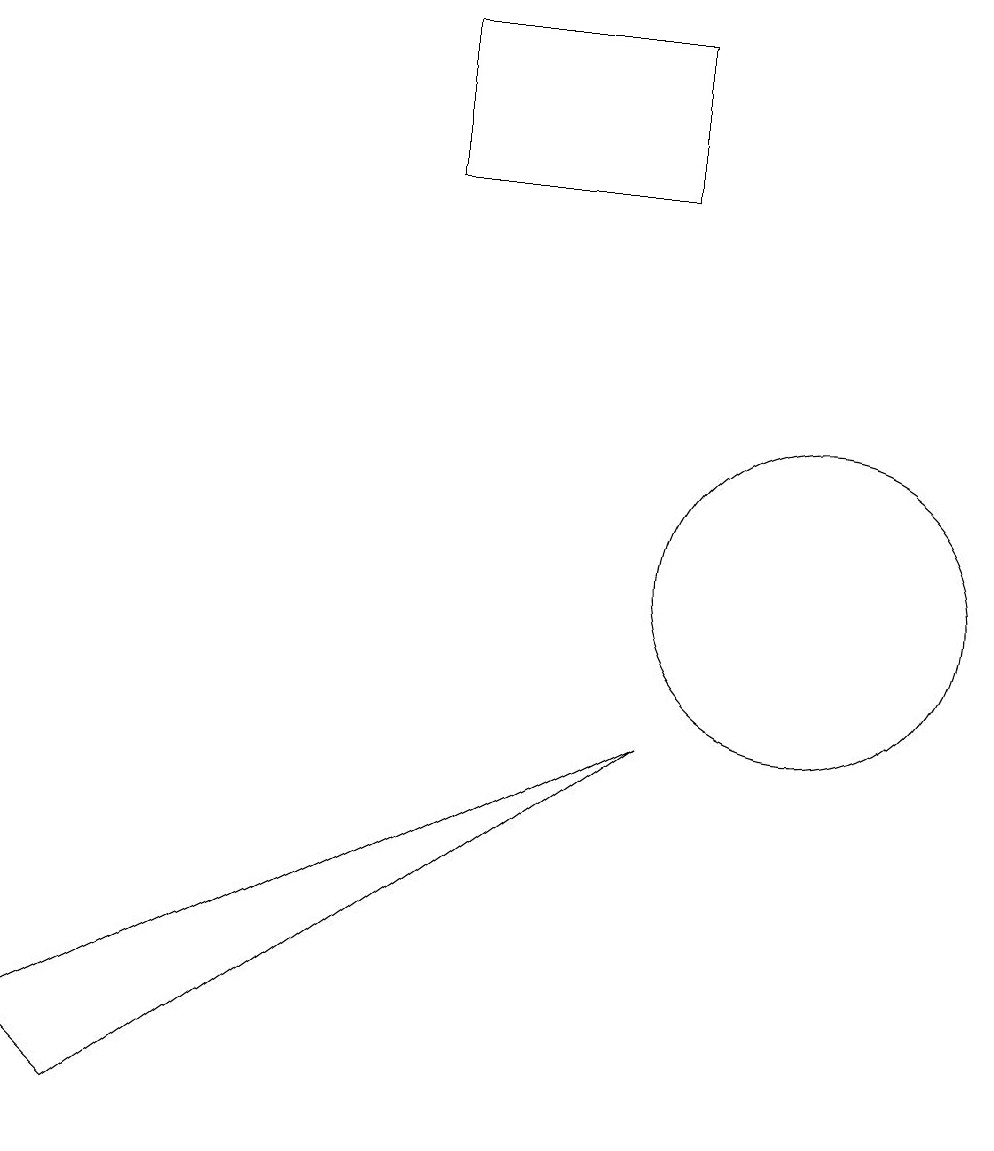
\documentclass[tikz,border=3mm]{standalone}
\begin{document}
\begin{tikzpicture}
\draw (8,15) rectangle (5,17);
\draw (10,10) circle (2);
\draw (0,4) -- (1,3) -- (8,8) -- cycle;
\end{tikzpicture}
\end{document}